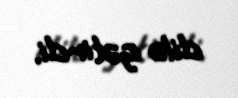
dilə gətirdi.